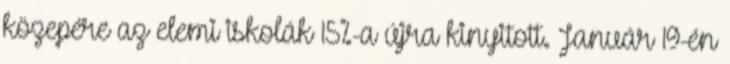
közepére az elemi iskolák 15%-a újra kinyitott. Január 19-én